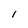
Character: I